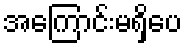
အကြောင်းမရှိပေ